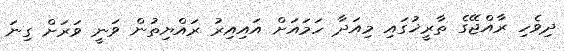
ދިވެހި ރާއްޖޭގެ ތާރީޚުގައި މިއަދާ ހަމައަށް އައިއިރު ރައްޔިތުން ވަނީ ވަރަށް ގިނަ